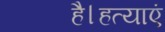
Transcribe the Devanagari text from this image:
है।हत्याएं